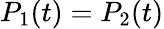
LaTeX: P_{1}(t)=P_{2}(t)